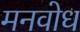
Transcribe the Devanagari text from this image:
मनवोध